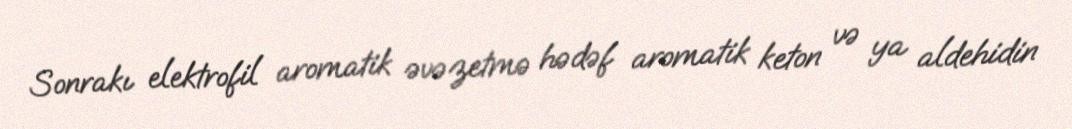
Sonrakı elektrofil aromatik əvəzetmə hədəf aromatik keton və ya aldehidin